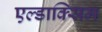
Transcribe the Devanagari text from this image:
एल्डाक्सिम